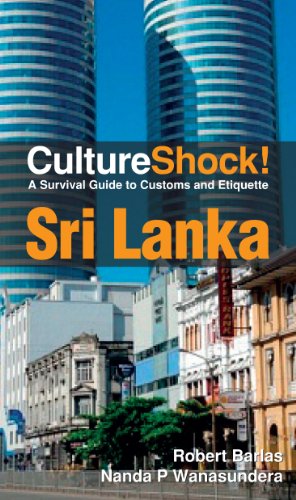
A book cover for Sri Lanka; Robert Barlas; Travel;